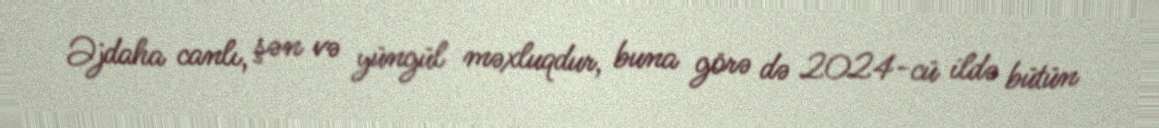
Əjdaha canlı, şən və yüngül məxluqdur, buna görə də 2024-cü ildə bütün